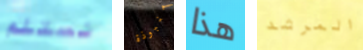
نستلم منبوذة هذا المرشد